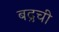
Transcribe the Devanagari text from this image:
बद्रची